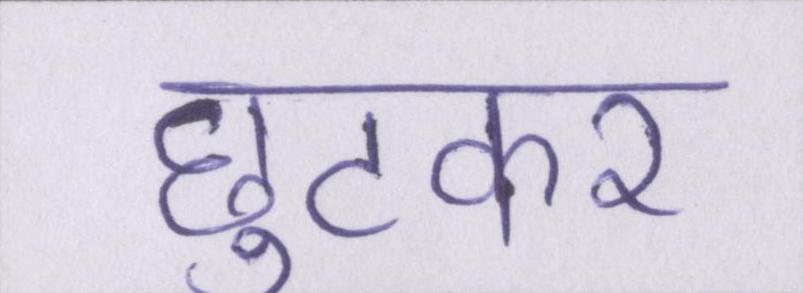
छुटकर